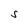
Character: S